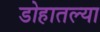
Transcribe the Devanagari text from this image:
डोहातल्या